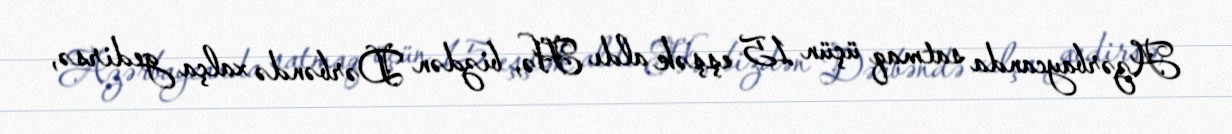
Azərbaycanda satmaq üçün 15 eşşək aldı Hə, bizdən Dərbəndə xalça gedirsə,